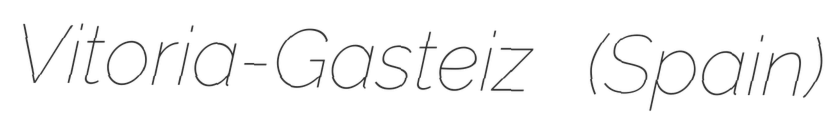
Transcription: Vitoria-Gasteiz (Spain)